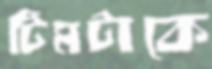
টিমটাকে